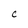
Character: C